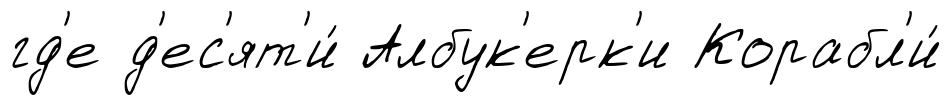
гд'е д'ес'ят'и́ Албук'ерк'и Корабл'и́